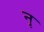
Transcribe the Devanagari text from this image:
नृ